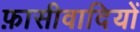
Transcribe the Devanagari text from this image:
फ़ासीवादियों